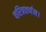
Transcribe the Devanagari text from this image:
चरित्रवर्णन।